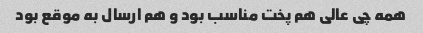
همه چی عالی هم پخت مناسب بود و هم ارسال به موقع بود